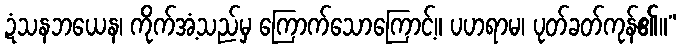
ဍံသနဘယေန၊ ကိုက်အံ့သည်မှ ကြောက်သောကြောင့်။ ပဟရာမ၊ ပုတ်ခတ်ကုန်၏။”